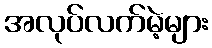
အလုပ်လက်မဲ့များ